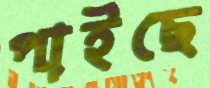
পাইছে